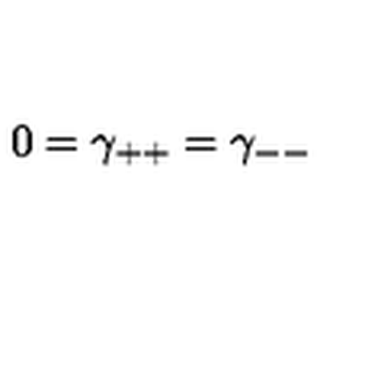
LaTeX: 0 = \gamma _ { + + } = \gamma _ { -- }